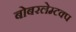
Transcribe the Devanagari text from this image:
बोबरलेम्टक्प